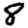
Digit: 8